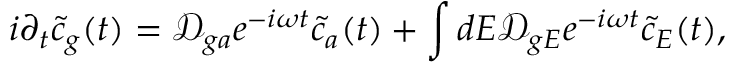
i \partial _ { t } \Tilde { c } _ { g } ( t ) = \mathcal { D } _ { g a } e ^ { - i \omega t } \tilde { c } _ { a } ( t ) + \int d E \mathcal { D } _ { g E } e ^ { - i \omega t } \tilde { c } _ { E } ( t ) ,